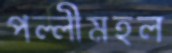
পল্লীমহল